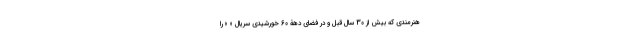
هنرمندی که بیش از 30 سال قبل و در فضای دهۀ 60 خورشیدی سریال « » را